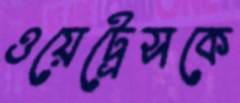
ওয়েট্রেসকে